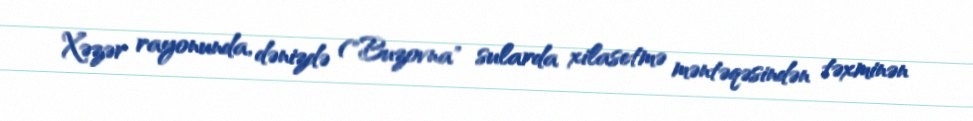
Xəzər rayonunda, dənizdə ("Buzovna" sularda xilasetmə məntəqəsindən təxminən